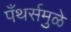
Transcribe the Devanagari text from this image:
पँथर्समुळे